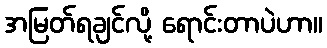
အမြတ်ရချင်လို့ ရောင်းတာပဲဟာ။